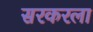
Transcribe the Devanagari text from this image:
सरकरला